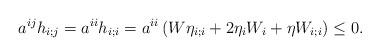
LaTeX: \begin{align*} a^{ij}h_{i;j}=a^{ii}h_{i;i}=a^{ii}\left(W\eta_{i;i}+2\eta_{i}W_{i}+\eta W_{i;i}\right)\le 0. \end{align*}